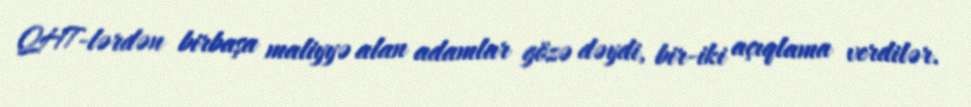
QHT-lərdən birbaşa maliyyə alan adamlar gözə dəydi, bir-iki açıqlama verdilər.